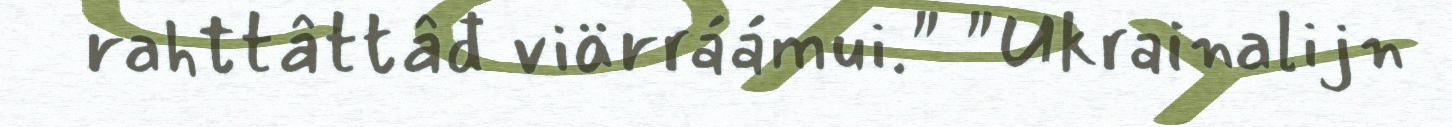
rahttâttâđ viärráámui." "Ukrainalijn